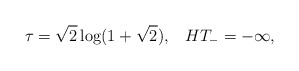
\begin{align*}\tau=\sqrt{2}\log(1+\sqrt{2}),\;\;\;HT_-=-\infty,\end{align*}